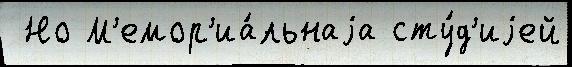
 Но М'емор'иа́льнаjа сту́д'иjей